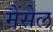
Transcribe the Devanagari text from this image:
मैंसेल